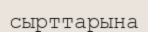
сырттарына